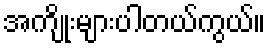
အကျိုးများပါတယ်ကွယ်။